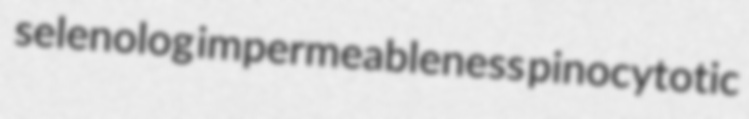
selenolog impermeableness pinocytotic